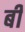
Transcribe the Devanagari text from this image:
बीं